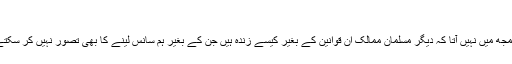
‘
سمجھ میں نہیں آتا کہ دیگر مسلمان ممالک ان قوانین کے بغیر کیسے زندہ ہیں جن کے بغیر ہم سانس لینے کا بھی تصور نہیں کر سکتے۔